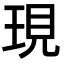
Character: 現